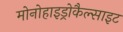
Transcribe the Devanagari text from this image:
मोनोहाइड्रोकैल्साइट